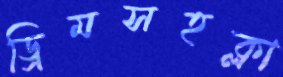
ড্রিমসহক্লা